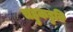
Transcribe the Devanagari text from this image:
चहुकडुनि